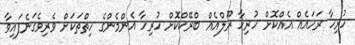
ހުރިހާ ރަހައެއް އެއްކޮށް ހުރިހާ ރޫލްއެއް ބްރޭކްކޮށް ހުރިހާ އެންމެންގެ ހިތްތަކަށް ވެރިވެގަނެފައިވާ